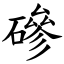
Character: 磣